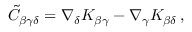
\tilde { C } _ { \beta \gamma \delta } = \nabla _ { \delta } K _ { \beta \gamma } - \nabla _ { \gamma } K _ { \beta \delta } \, ,